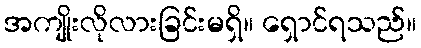
အကျိုးလိုလားခြင်းမရှိ။ ရှောင်ရသည်။